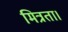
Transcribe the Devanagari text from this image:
मित्रता।